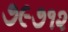
૭૯૭૧૨